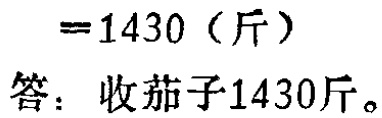
$=1430 \text{（斤）}$

答：收茄子1430斤。